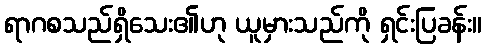
ရာဂစသည်ရှိသေး၏ဟု ယူမှားသည်ကို ရှင်းပြခန်း။